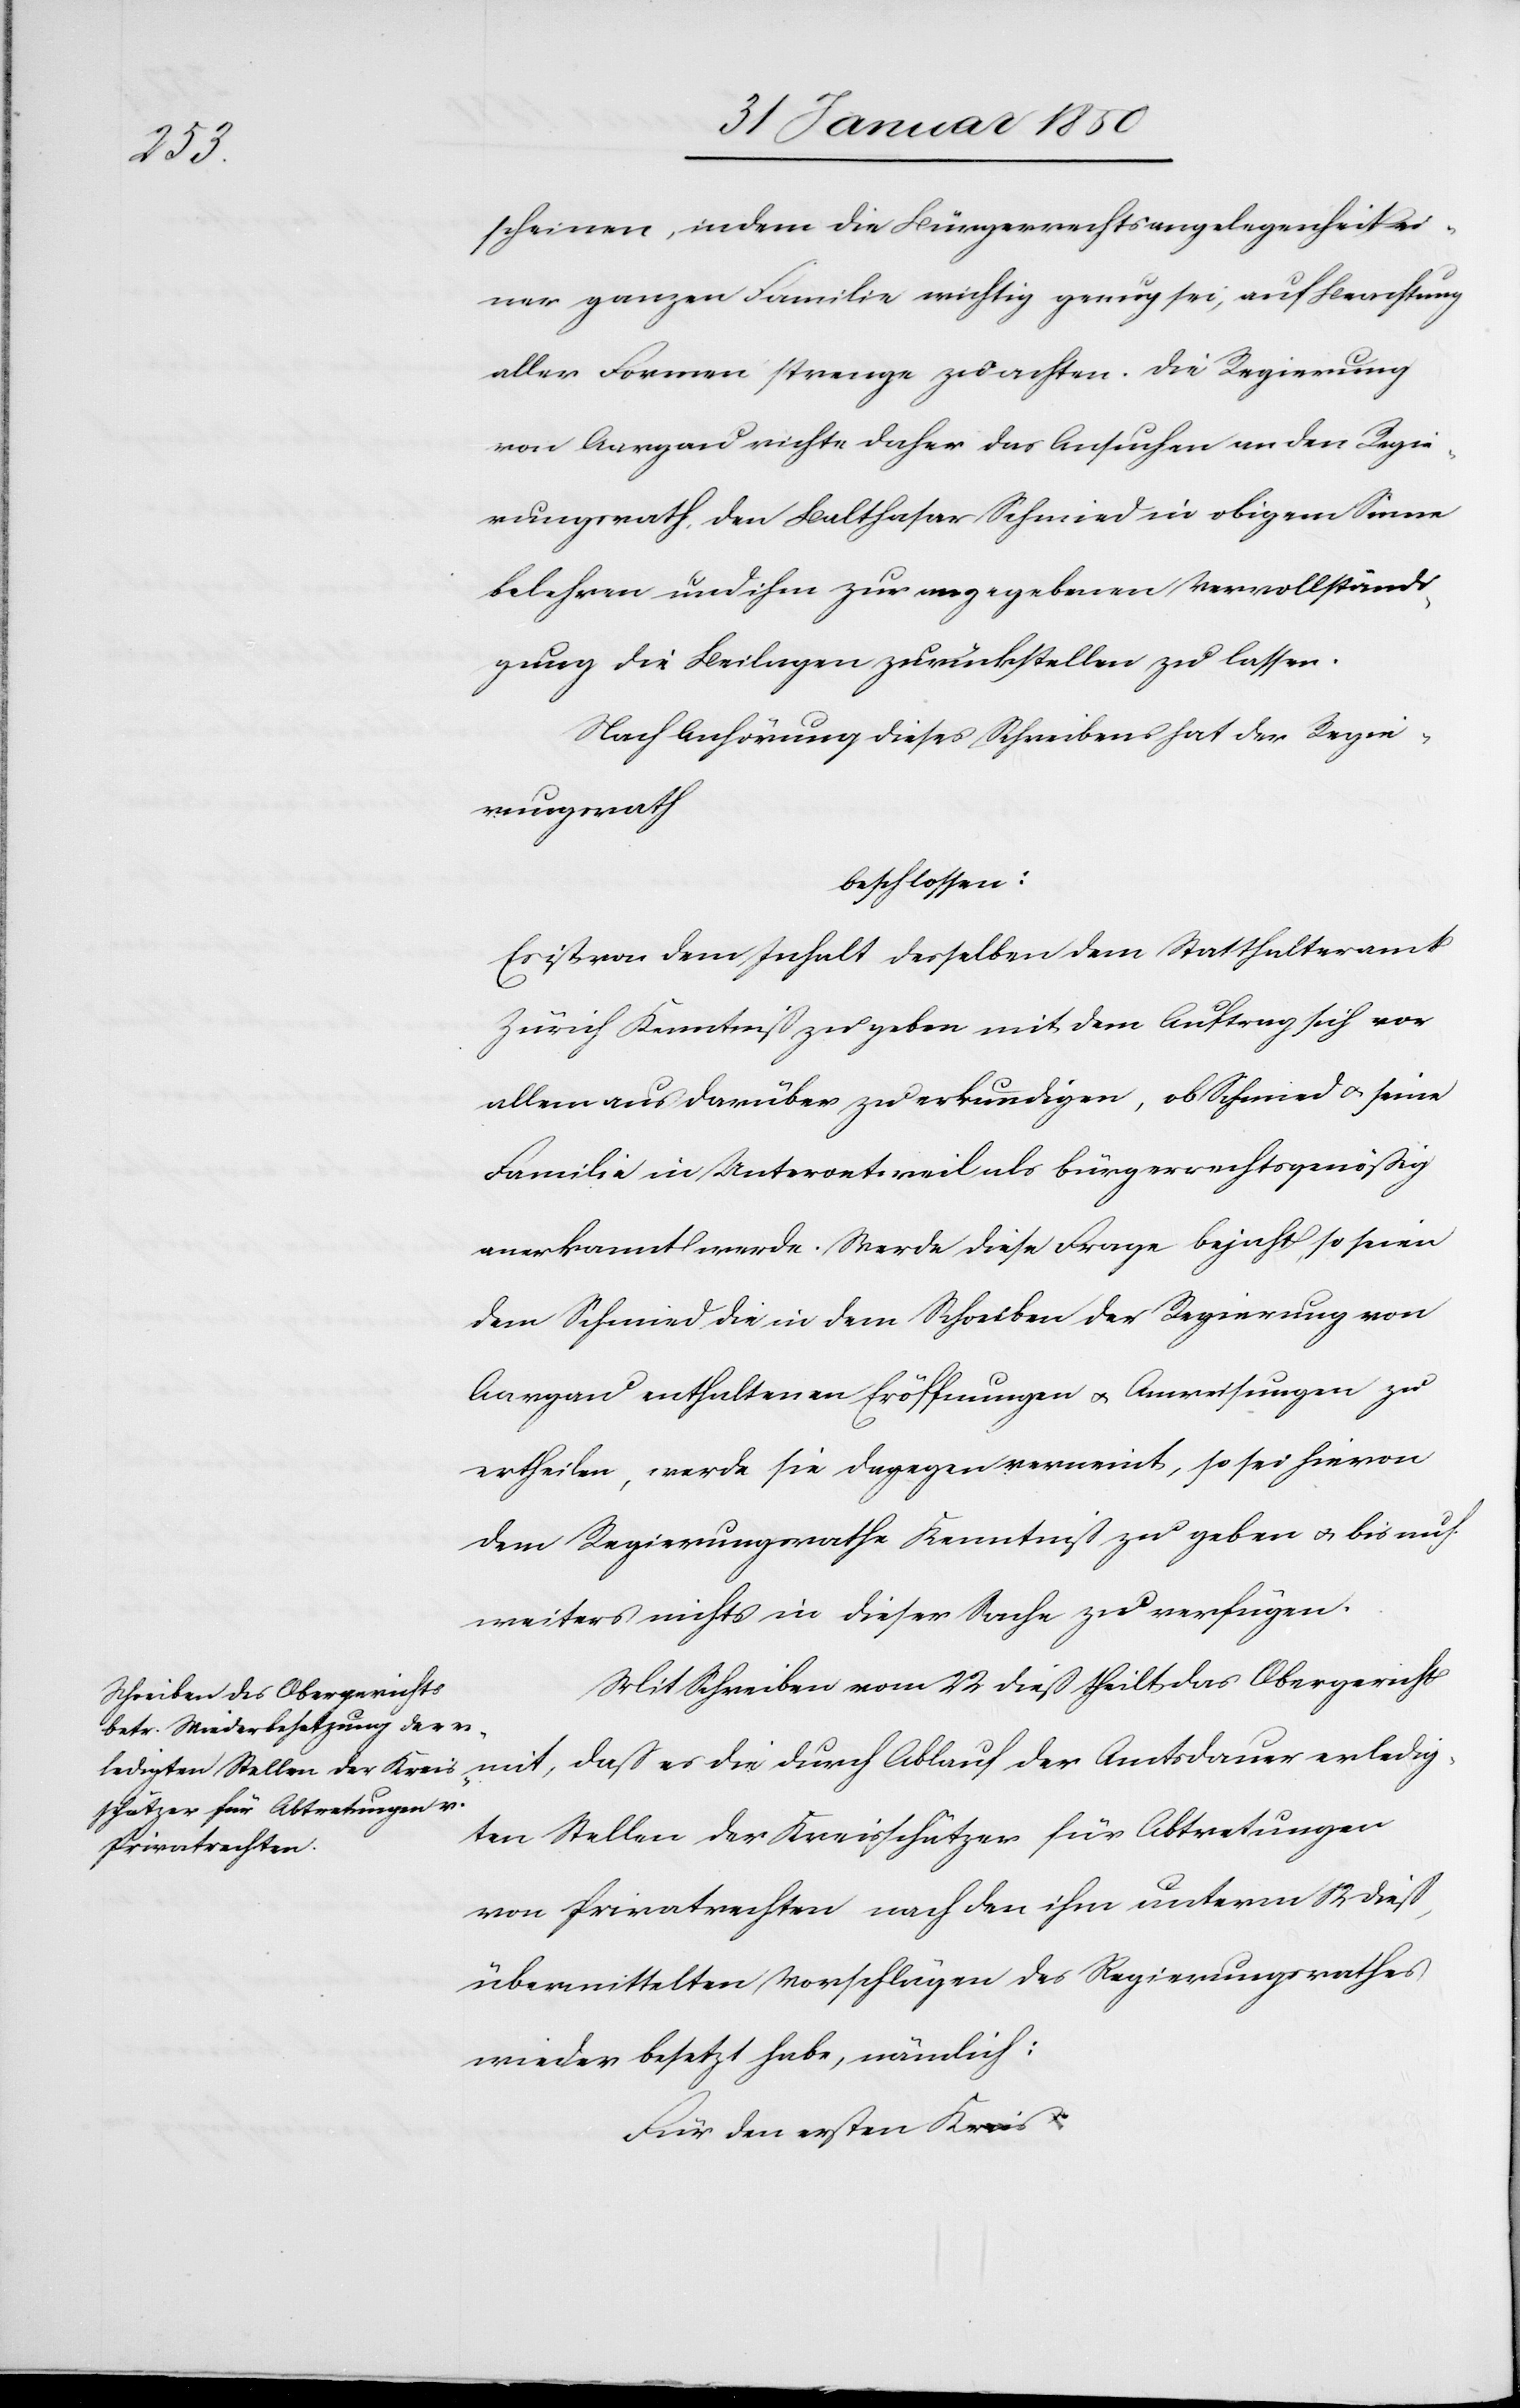
erledig¬

scheinen, indem die Bürgerrechtsangelegenheit ei¬
ner ganzen Familie wichtig genug sei, auf Beachtung
aller Formen strenge zu achten. Die Regierung
von Aargau richte daher das Ansuchen an den Regie¬
rungsrath, den Balthasar Schmied in obigem Sinne
belehren und ihm zur angegebenen Vervollständi¬
gung die Beilagen zurückstellen zu lassen.
Nach Anhörung dieses Schreibens hat der Regie¬
rungsrath
beschlossen:
Es ist von dem Inhalt desselben dem Statthalteramt
Zürich Kenntniß zu geben mit dem Auftrag sich vor
allem aus darüber zu erkundigen, ob Schmied u. seine
Familie in Unteroetweil als bürgerrechtsgenößig
anerkannt werde. Werde diese Frage bejaht, so seien
dem Schmied die in dem Schreiben der Regierung von
Aargau enthaltenen Eröffnungen u. Anweisungen zu
ertheilen, werde sie dagegen verneint, so sei hievon
dem Regierungsrathe Kenntniß zu geben u. bis auf
weiters nichts in dieser Sache zu verfügen.
Mit Schreiben vom 22 dieß theilt das Obergericht
ten Stellen der Kreisschätzer für Abtretungen
von Privatrechten nach den ihm unterm 12 dieß
übermittelten Vorschlägen des Regierungsrathes
wieder besetzt habe, nämlich:
Für den ersten Kreis: